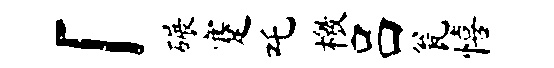
「碾蹇吒檄吕瓮僖